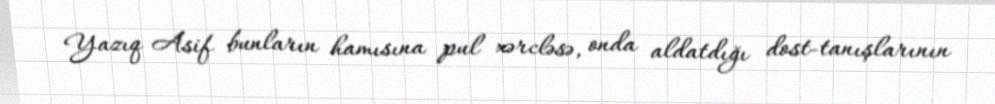
Yazıq Asif bunların hamısına pul xərcləsə, onda aldatdığı dost-tanışlarının